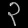
Digit: ၃